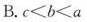
B.$$c < b < a$$